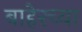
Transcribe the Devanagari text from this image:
बाहेरच्‍या